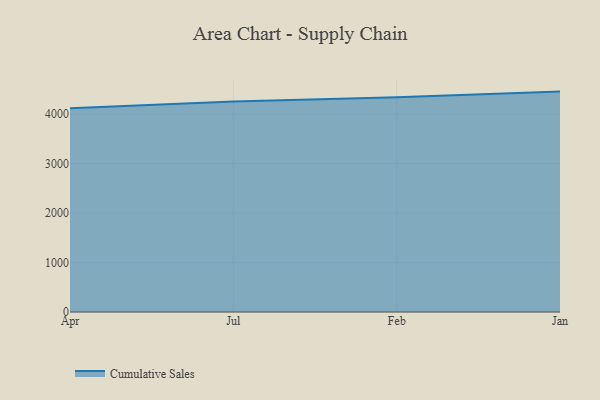
{"axis": {"x": "Month", "y": "Headcount"}, "legend": ["Cumulative Sales"], "data": [{"x": "Apr", "y": 4118.8, "type": "Cumulative Sales"}, {"x": "Jul", "y": 4252.7, "type": "Cumulative Sales"}, {"x": "Feb", "y": 4339.3, "type": "Cumulative Sales"}, {"x": "Jan", "y": 4455.1, "type": "Cumulative Sales"}]}